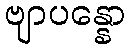
ဗျာပန္နော